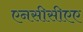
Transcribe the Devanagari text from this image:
एनसीसीएए